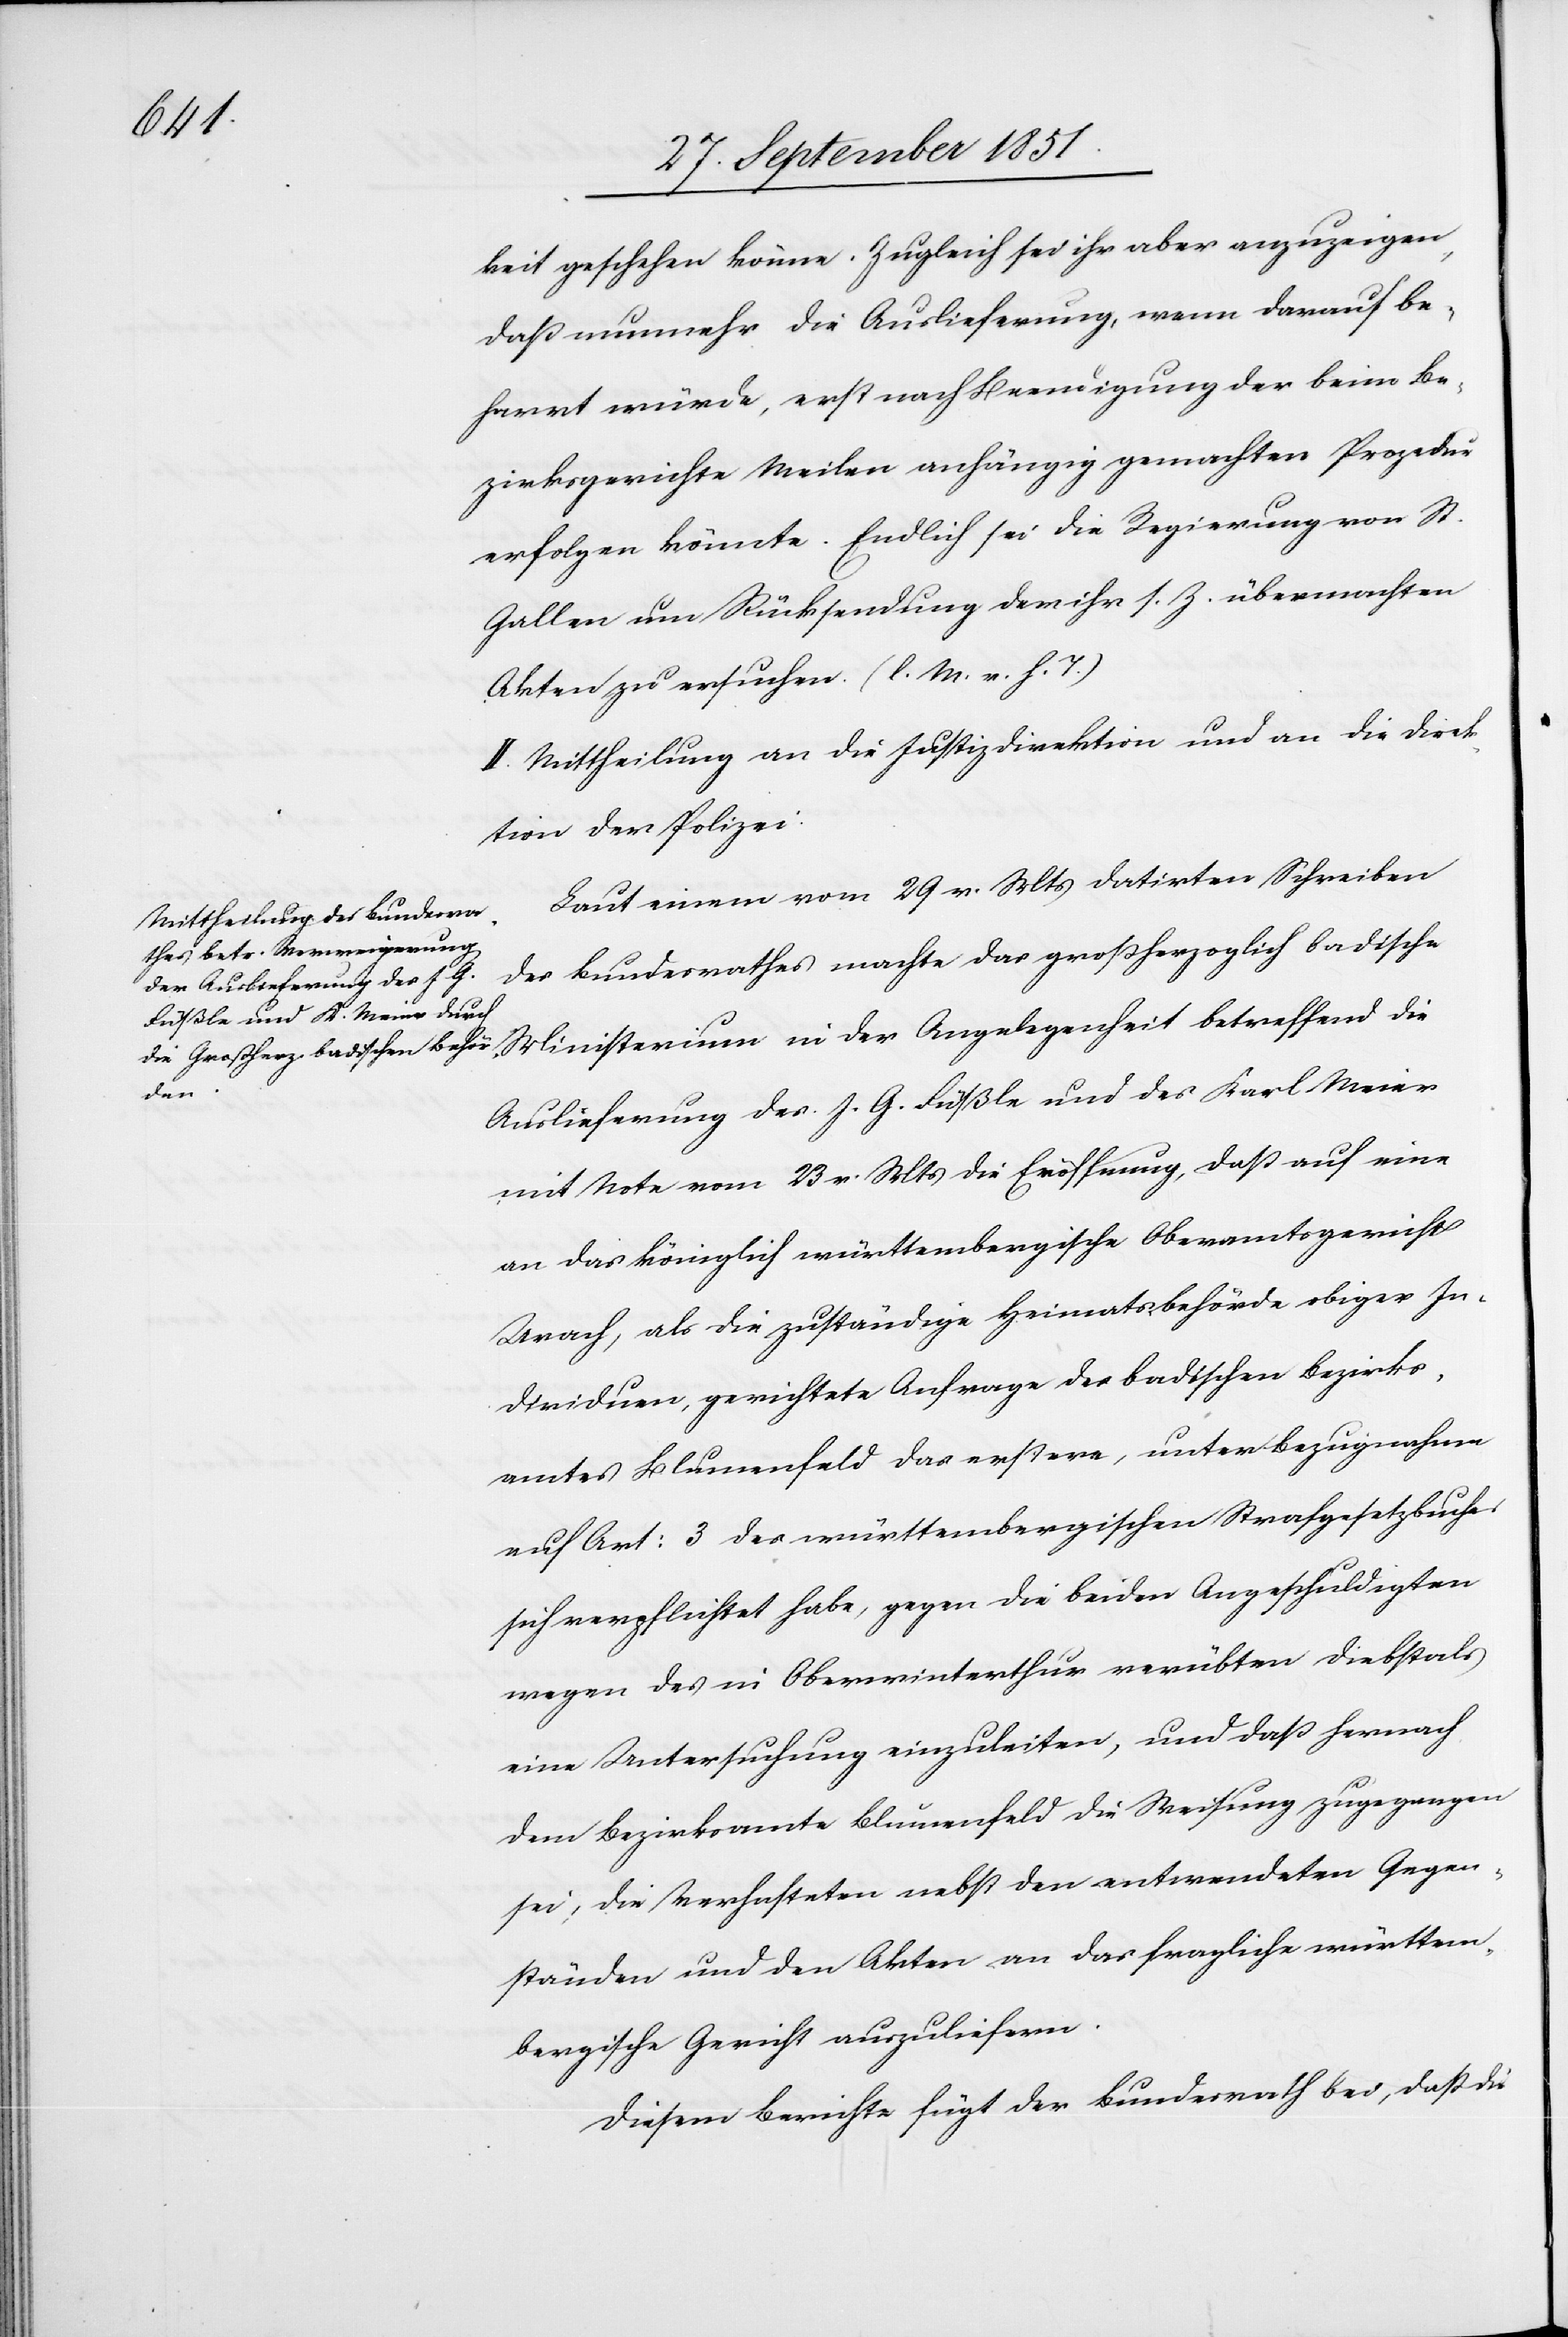
1851.]
den

keit geschehen könne. Zugleich sei ihr aber anzuzeigen,
daß nunmehr die Auslieferung, wenn darauf be¬
harrt würde, erst nach Beendigung der beim Be¬
zirksgerichte Meilen anhängig gemachten Prozedur
erfolgen könnte. Endlich sei die Regierung von St.
Gallen um Rücksendung der ihr s. Z. übermachten
Akten zu ersuchen. (l. M. v. h. T.)
II. Mittheilung an die Justizdirektion und an die Direk¬
tion der Polizei.
Laut einem vom 29 v. Mts datirten Schreiben
des Bundesrathes machte das großherzoglich badische
Ministerium in der Angelegenheit betreffend die
Auslieferung des J. G. Füßle und des Karl Meier
mit Note vom 23 v. Mts die Eröffnung, daß auf eine
an das königlich württembergische Oberamtsgericht
Urach, als die zuständige Heimatsbehörde obiger In¬
dividuen, gerichtete Anfrage des badischen Bezirks¬
amtes Blumenfeld das erstere, unter Bezugnahme
auf Art: 3 des württembergischen Strafgesetzbuches
sich verpflichtet habe, gegen die beiden Angeschuldigten
wegen des in Oberwinterthur verübten Diebstals
eine Untersuchung einzuleiten, und daß hernach
dem Bezirksamte Blumenfeld die Weisung zugegangen
sei, die Verhafteten nebst den entwendeten Gegen¬
ständen und den Akten an das fragliche württem¬
bergische Gericht auszuliefern.
Diesem Berichte fügt der Bundesrath bei, daß die